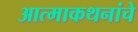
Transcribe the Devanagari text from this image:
आत्माकथनांचे